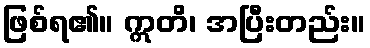
ဖြစ်ရ၏။ ဣတိ၊ အပြီးတည်း။